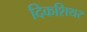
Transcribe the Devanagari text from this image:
दिकशिथर